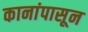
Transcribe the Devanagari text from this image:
कानांपासून